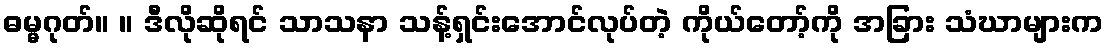
ဓမ္မဂုတ်။ ။ ဒီလိုဆိုရင် သာသနာ သန့်ရှင်းအောင်လုပ်တဲ့ ကိုယ်တော့်ကို အခြား သံဃာများက